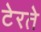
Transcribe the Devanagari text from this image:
टेरते